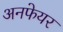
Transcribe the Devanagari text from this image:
अनफेयर